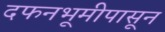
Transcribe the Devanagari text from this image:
दफनभूमीपासून